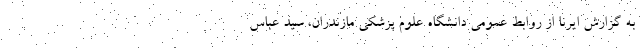
به گزارش ایرنا از روابط عمومی دانشگاه علوم پزشکی مازندران، سید عباس